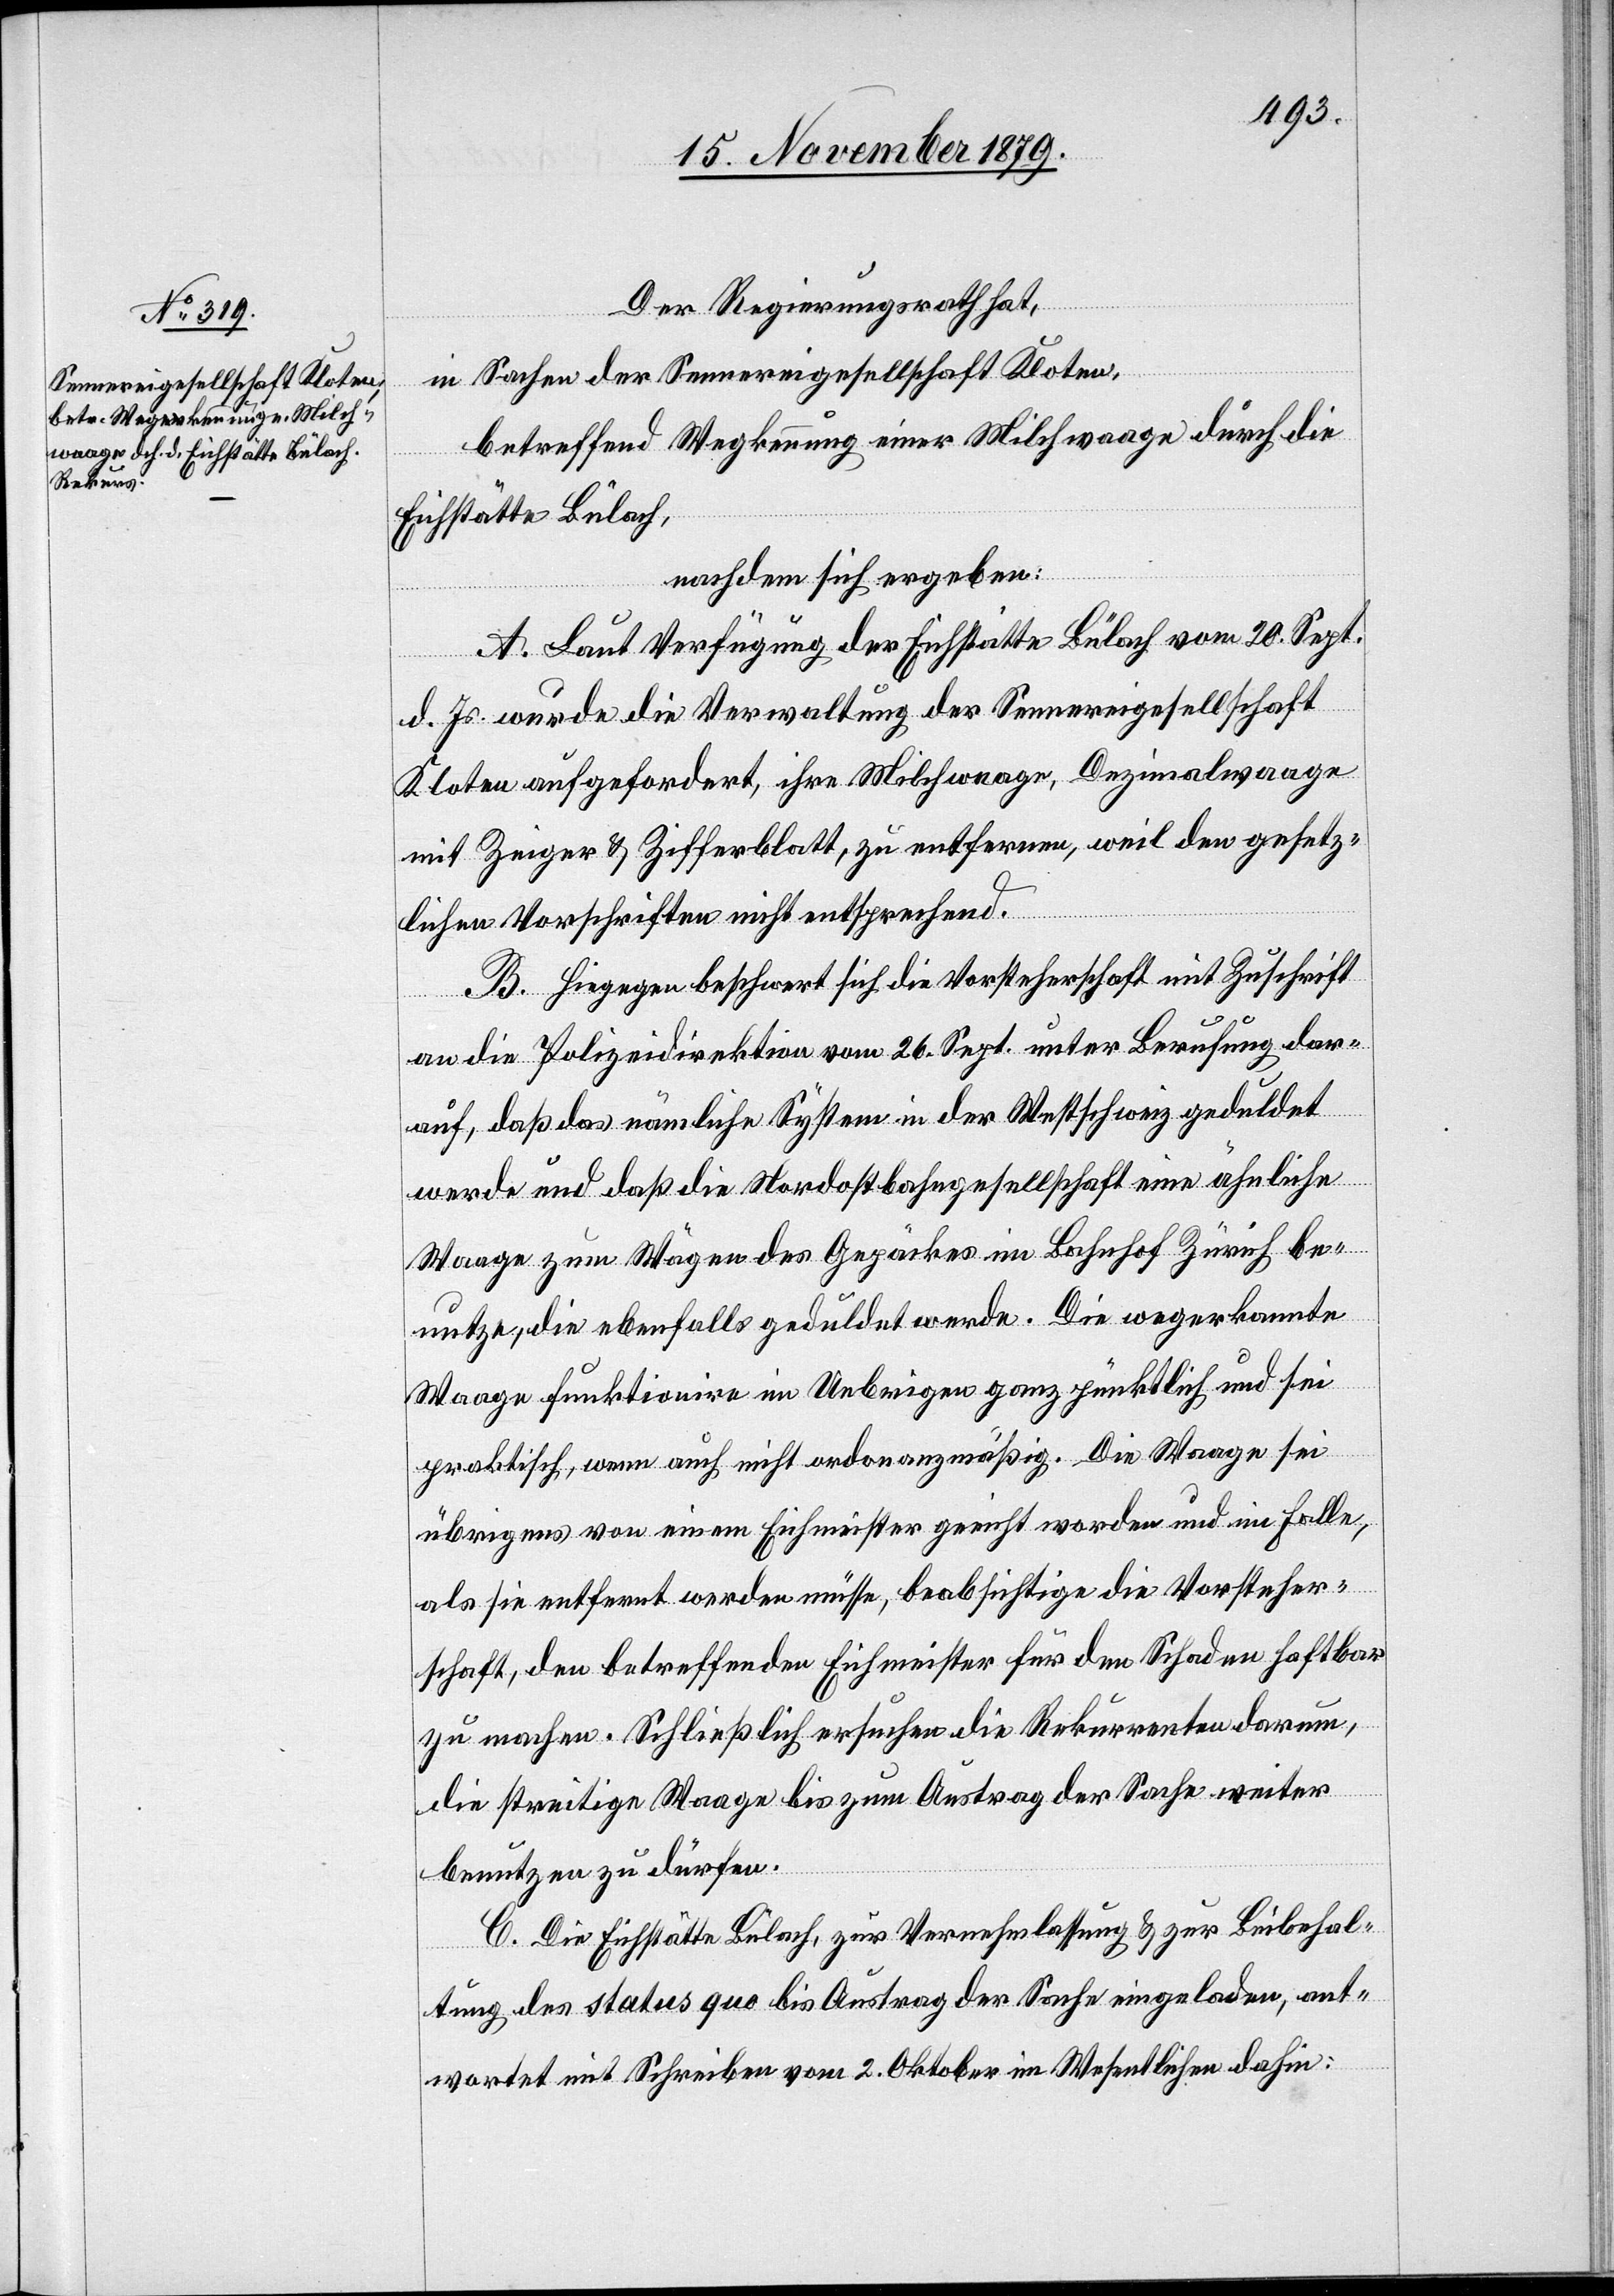
Der Regierungsrath hat,
in Sachen der Sennereigesellschaft Kloten,
betreffend Wegkennung einer Milchwaage durch die
Eichstätte Bülach,
nachdem sich ergeben:
A. Laut Verfügung der Eichstätte Bülach vom 20. Sept.
d. Js. wurde die Verwaltung der Sennereigesellschaft
Kloten aufgefordert, ihre Milchwaage, Dezimalwaage
mit Zeiger & Zifferblatt, zu entfernen, weil den gesetz¬
lichen Vorschriften nicht entsprechend.
B. Hingegen beschwert sich die Vorsteherschaft mit Zuschrift
an die Polizeidirektion vom 26. Sept. unter Berufung dar¬
auf, daß das nämliche System in der Westschweiz geduldet
werde und daß die Nordostbahngesellschaft eine ähnliche
Waage zum wägen des Gepäckes im Bahnhof Zürich be¬
nutze, die ebenfalls geduldet werde. Die wegerkannte
Waage funktionire im Uebrigen ganz pünktlich und sei
praktisch, wenn auch nicht ordonanzmäßig. Die Waage sei
übrigens von einem Eichmeister geeicht worden und im Falle,
als sie entfernt werden müsse, beabsichtige die Vorsteher¬
schaft, den betreffenden Eichmeister für den Schaden haftbar
zu machen. Schließlich ersuchen die Rekurrenten darum,
die streitige Waage bis zum Austrag der Sache weiter
benutzen zu dürfen.
C. Die Eichstätte Bülach, zur Vernehmlassung & zur Beibehal¬
tung des status quo bis Austrag der Sache eingeladen, ant¬
wortet mit Schreiben vom 2. Oktober im Wesentlichen dahin: